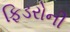
ફિડરોની